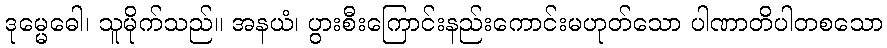
ဒုမ္မေဓေါ၊ သူမိုက်သည်။ အနယံ၊ ပွားစီးကြောင်းနည်းကောင်းမဟုတ်သော ပါဏာတိပါတစသော